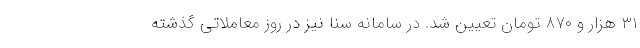
۳۱ هزار و ۸۷۰ تومان تعیین شد. در سامانه سنا نیز در روز معاملاتی گذشته